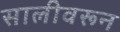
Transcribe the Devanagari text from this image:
सालीवरून